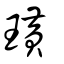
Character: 璜